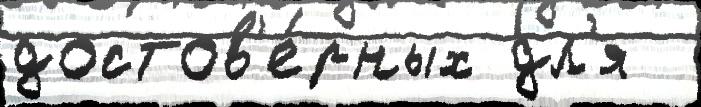
достов'е́рных дл'я